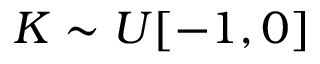
K \sim U [ - 1 , 0 ]